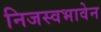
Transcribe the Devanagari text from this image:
निजस्वभावेन